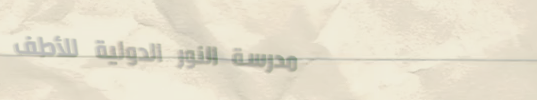
مدرسة النور الدولية للأطف